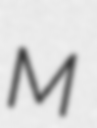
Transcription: M